NASA-UAP-D2, Apollo 17 Transcript, 1972
Agency: NASA
Incident date: 1972
Incident location: Moon
Page 12
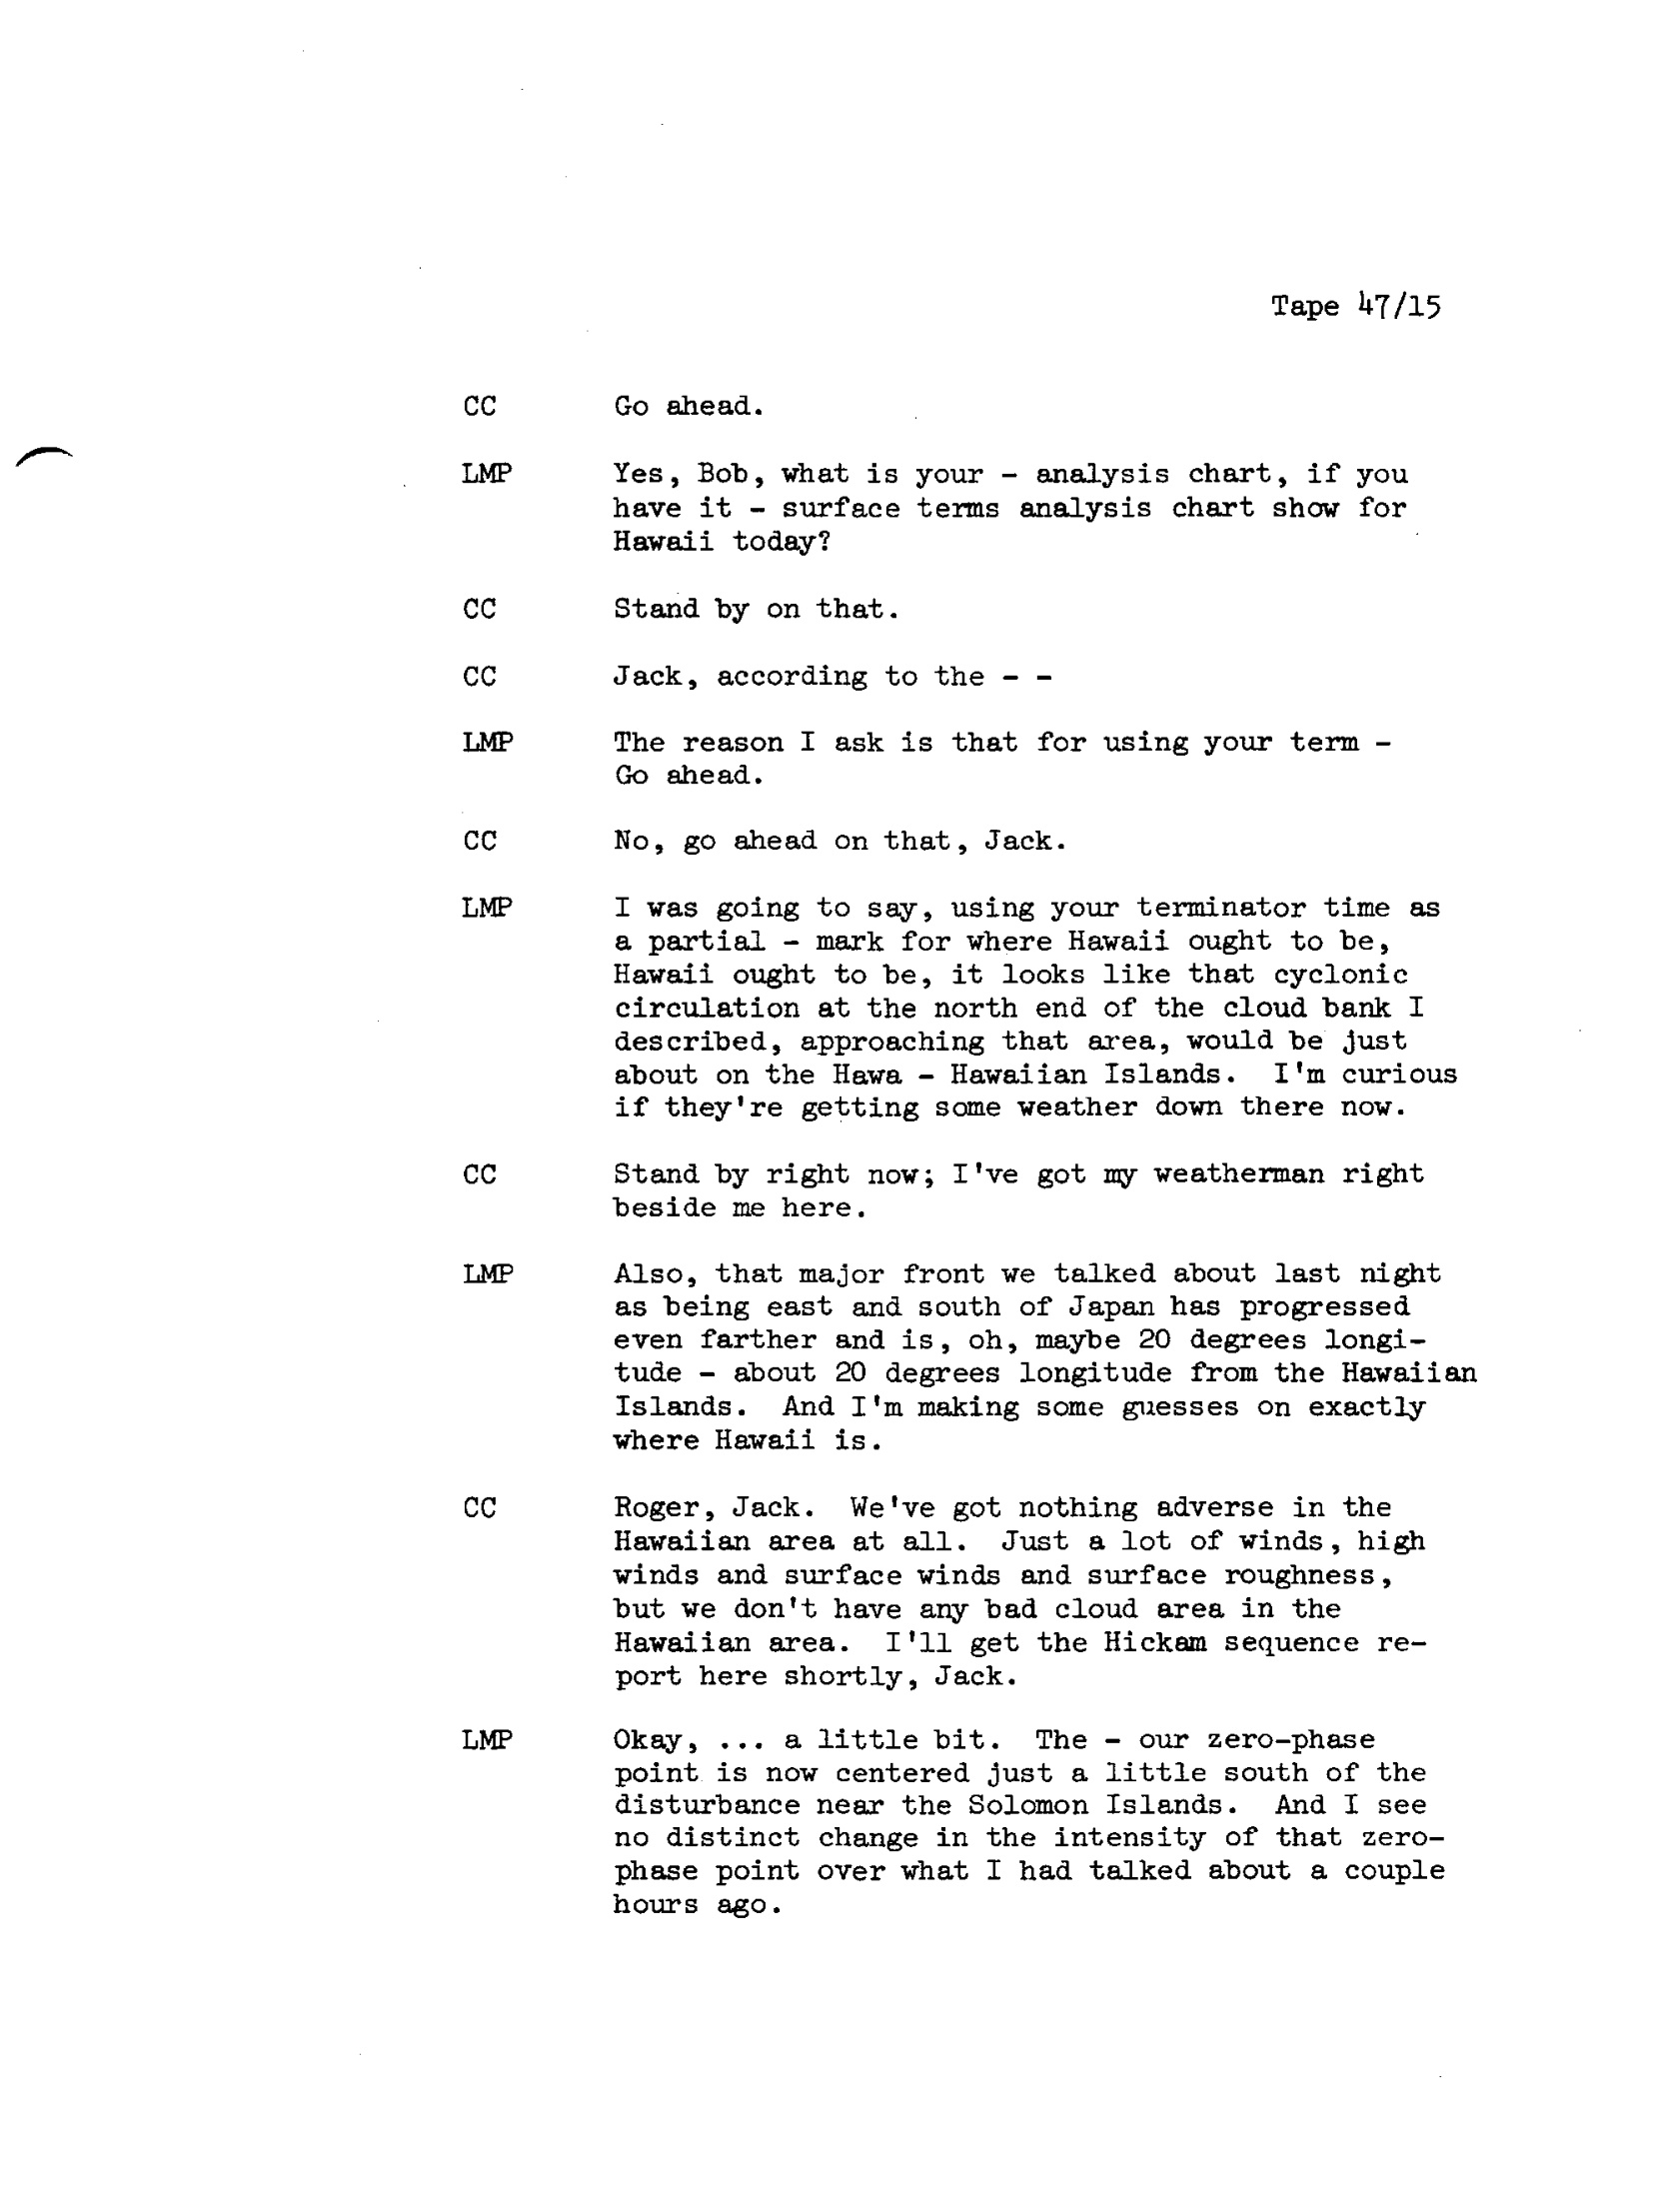